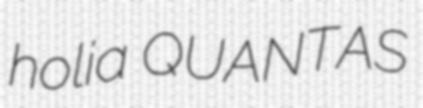
holia QUANTAS